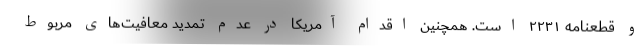
و قطعنامه ۲۲۳۱ است. همچنین اقدام آمریکا در عدم تمدید معافیت‌های مربوط